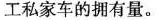
工私家车的拥有量。